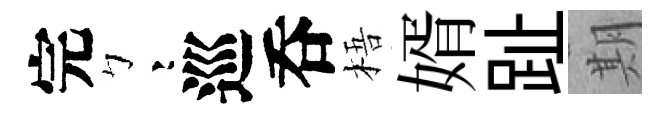
完彎巡呑梧婿趾期